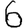
Digit: 6